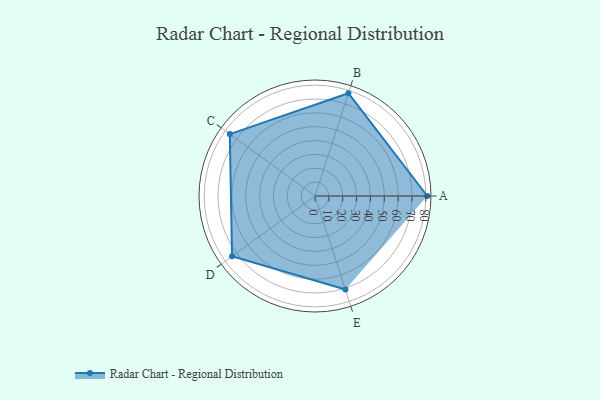
{"axis": {"x": "Skill", "y": "Score"}, "legend": ["Profile"], "data": [{"x": "A", "y": 81.0, "type": "Profile"}, {"x": "B", "y": 78.0, "type": "Profile"}, {"x": "C", "y": 76.0, "type": "Profile"}, {"x": "D", "y": 74.0, "type": "Profile"}, {"x": "E", "y": 71.0, "type": "Profile"}]}